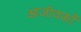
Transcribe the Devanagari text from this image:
आजीवकों